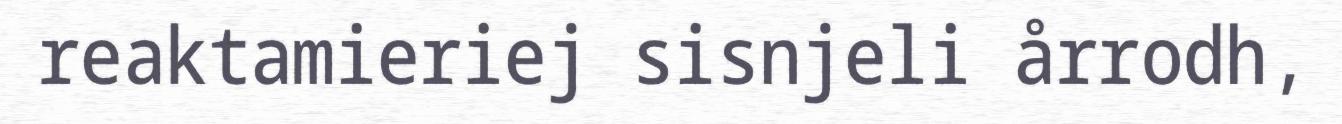
reaktamieriej sisnjeli årrodh,